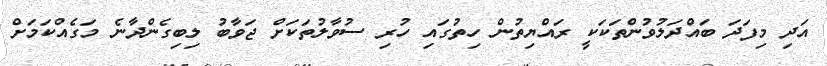
އަދި މިފަދަ ބައްދަލުވުންތަކަކީ ރައްޔިތުން ހިތުގައި ހުރި ސުވާލުތަކަށް ޖަވާބު ލިބިގެންދާނެ މަގެއްކަމަށް